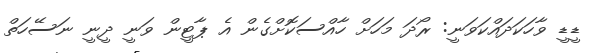
ޑީޑީ ވާހަކަދައްކަވަނީ: ރޯދަ މަހަށް ހާއްސަކޮށްގެން އެ ޕާޓީން ވަނީ ދީނީ ނަސޭހަތް